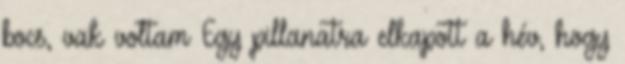
bocs, vak voltam Egy pillanatra elkapott a hév, hogy